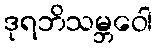
ဒုရဘိသမ္ဘဝေါ